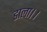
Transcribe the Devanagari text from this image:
डाला।।